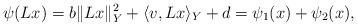
\begin{align*}\psi(Lx) = b\lVert Lx\rVert^2_Y +\langle v,Lx\rangle_Y +d=\psi_1 (x) + \psi_2 (x),\end{align*}